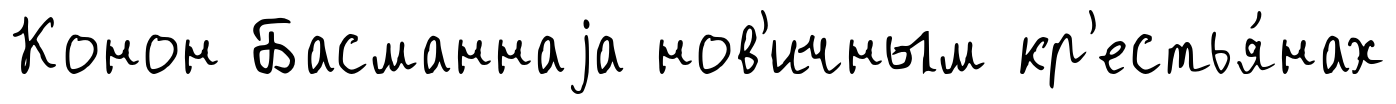
Конон Басманнаjа нов'ичным кр'естья́нах